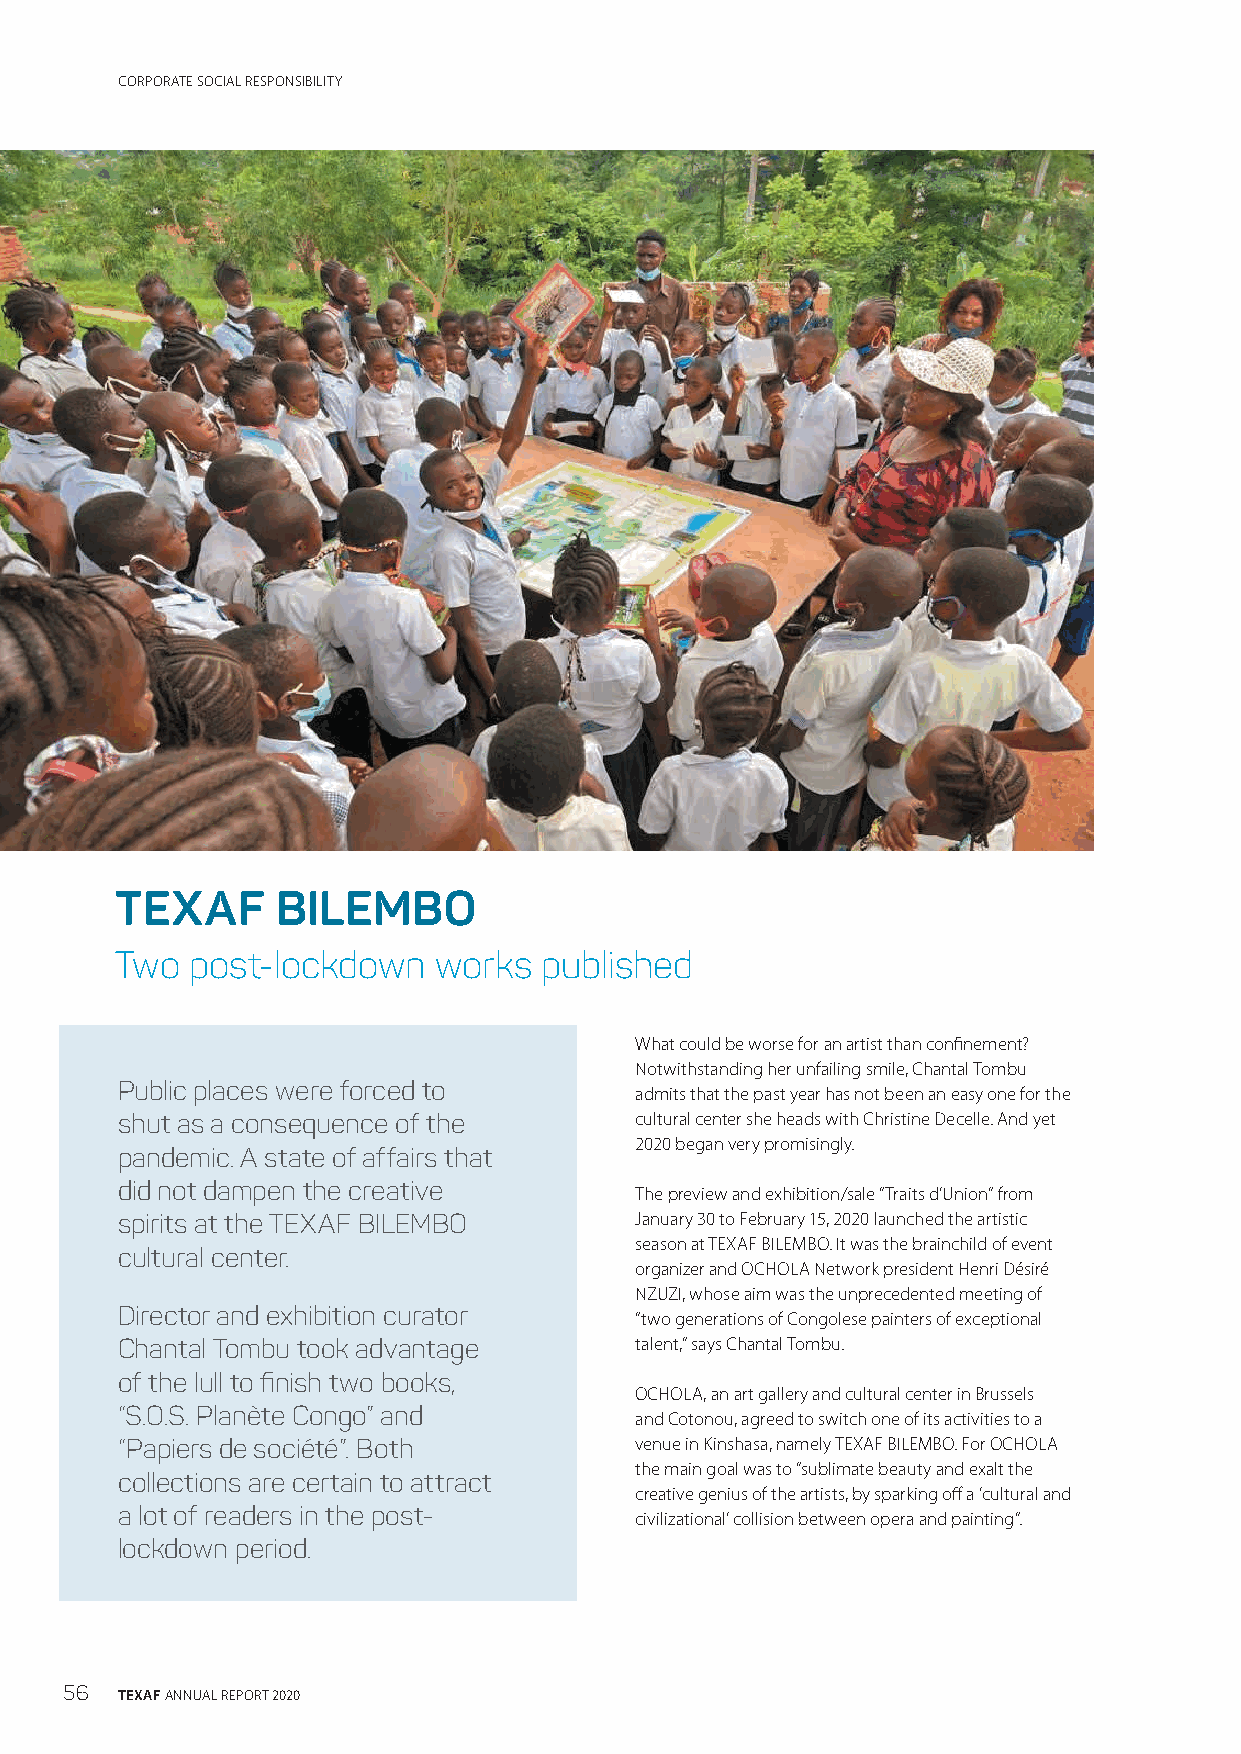
CORPORATE SOCIAL RESPONSIBILITY
 TEXAF     BILEMBO
 Two post-lockdown    works  published
 What could be worse for an artist than confinement?
 Notwithstanding her unfailing smile, Chantal Tombu
 Public places were forced to      admits that the past year has not been an easy one for the
 shut as a consequence of the      cultural center she heads with Christine Decelle. And yet
 2020 began very promisingly.
 pandemic. A state of affairs that
 did not dampen the creative       The preview and exhibition/sale “Traits d’Union” from
 spirits at the TEXAF BILEMBO      January 30 to February 15, 2020 launched the artistic
 season at TEXAF BILEMBO. It was the brainchild of event
 cultural center.
 organizer and OCHOLA Network president Henri Désiré
 NZUZI, whose aim was the unprecedented meeting of
 Director and exhibition curator   “two generations of Congolese painters of exceptional
 Chantal Tombu took advantage      talent,” says Chantal Tombu.
 of the lull to finish two books,
 OCHOLA, an art gallery and cultural center in Brussels
 “S.O.S. Planète Congo” and        and Cotonou, agreed to switch one of its activities to a
 “Papiers de société”. Both        venue in Kinshasa, namely TEXAF BILEMBO. For OCHOLA
 the main goal was to “sublimate beauty and exalt the
 collections are certain to attract
 creative genius of the artists, by sparking off a ‘cultural and
 a lot of readers in the post-     civilizational’ collision between opera and painting”.
 lockdown period.
 56  TEXAF ANNUAL REPORT 2020